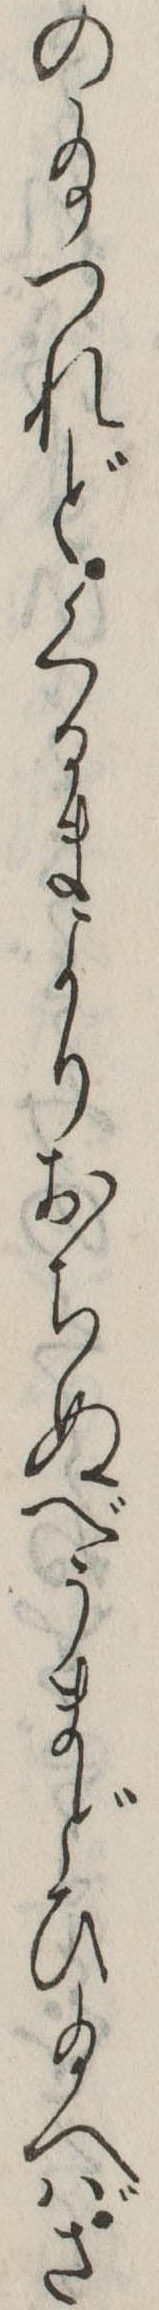
の給つれどくるまよりおちぬべうまどひ給へばさ